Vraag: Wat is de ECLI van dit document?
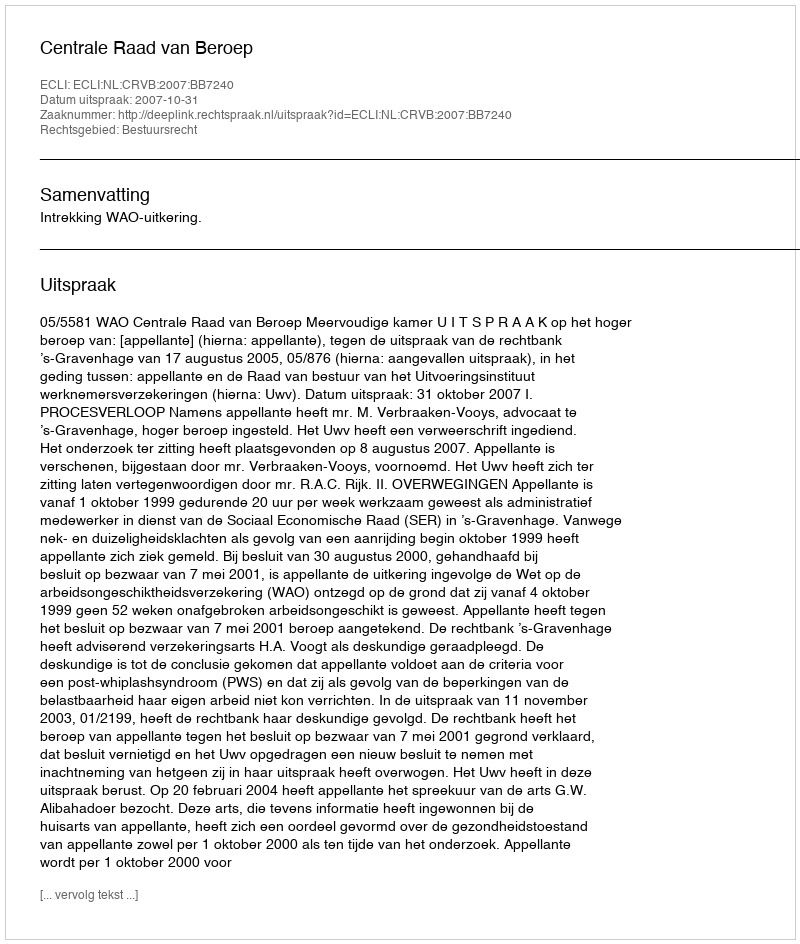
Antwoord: ECLI:NL:CRVB:2007:BB7240